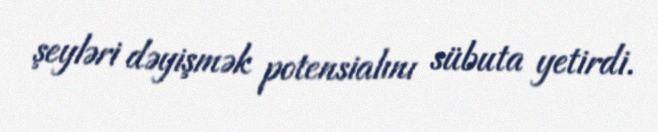
şeyləri dəyişmək potensialını sübuta yetirdi.